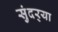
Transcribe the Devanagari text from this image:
सुंदर्‍या